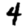
Digit: 4